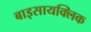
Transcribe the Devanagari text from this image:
बाइसायक्लिक